Distribution and causation of leprosy in British India
Year: 1875
Disease focus: Leprosy
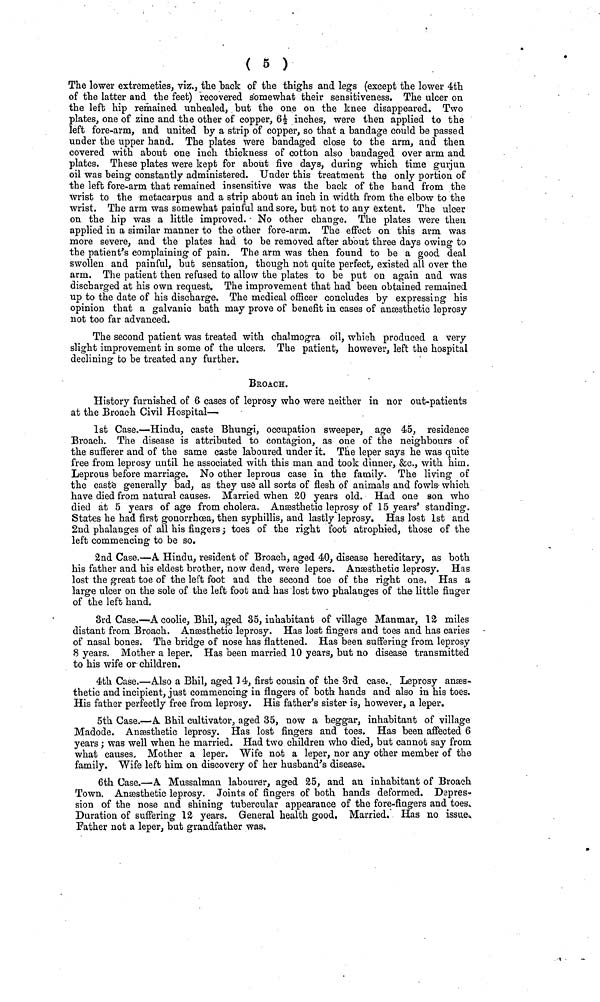
( 6 )
The lower extremeties, viz,, the back of the thighs and legs (except the lower 4th
of the latter and the feet) recovered somewhat their sensitiveness. The ulcer on
the left hip remained unhealed, but the one on the knee disappeared. Two
plates, one of zinc and the other of copper, 6½ inches, were then applied to the
left fore-arm, and united by a strip of copper, so that a bandage could be passed
under the upper hand. The plates were bandaged close to the arm, and then
covered with about one inch thickness of cotton also bandaged over arm and
plates. These plates were kept for about five days, during which time gurjun
oil was being constantly administered. Under this treatment the only portion of
the left fore-arm that remained insensitive was the back of the hand from the
wrist to the metacarpus and a strip about an inch in width from the elbow to the
wrist. The arm was somewhat painful and sore, but not to any extent. The ulcer
on the hip was a little improved. No other change. The plates were then
applied in a similar manner to the other fore-arm. The effect on this arm was
more severe, and the plates had to be removed after about three days owing to
the patient's complaining of pain. The arm was then found to be a good deal
swollen and painful, but sensation, though not quite perfect, existed all over the
arm. The patient then refused to allow the plates to be put on again and was
discharged at his own request. The improvement that had been obtained remained
up to the date of his discharge. The medical officer concludes by expressing his
opinion that a galvanic bath may prove of benefit in cases of anæsthetic leprosy
not too far advanced.
The second patient was treated with chalmogra oil, which produced a very
slight improvement in some of the ulcers. The patient, however, left the hospital
declining to be treated any further.
BROACH.
History furnished of 6 cases of leprosy who were neither in nor out-patients
at the Broach Civil Hospital—
1st Case.—Hindu, caste Bhungi, occupation sweeper, age 45, residence
Broach. The disease is attributed to contagion, as one of the neighbours of
the sufferer and of the same caste laboured under it. The leper says he was quite
free from leprosy until he associated with this man and took dinner, &c., with him.
Leprous before marriage. No other leprous case in the family. The living of
the caste generally bad, as they use all sorts of flesh of animals and fowls which
have died from natural causes. Married when 20 years old. Had one son who
died at 5 years of age from cholera, Anæsthetic leprosy of 15 years' standing.
States he had first gonorrhœa, then syphillis, and lastly leprosy. Has lost 1st and
2nd phalanges of all his fingers ; toes of the right foot atrophied, those of the
left commencing to be so.
2nd Case.—A Hindu, resident of Broach, aged 40, disease hereditary, as both
his father and his eldest brother, now dead, were lepers. Anæsthetic leprosy. Has
lost the great toe of the left foot and the second toe of the right one. Has a
large ulcer on the sole of the left foot and has lost two phalanges of the little finger
of the left hand.
3rd Case.—A coolie, Bhil, aged 35, inhabitant of village Manmar, 12 miles
distant from Broach. Anaesthetic leprosy. Has lost fingers and toes and has caries
of nasal bones. The bridge of nose has flattened. Has been suffering from leprosy
8 years. Mother a leper, Has been married 10 years, but no disease transmitted
to his wife or children.
4th Case.—Also a Bhil, aged 14, first cousin of the 3rd case. Leprosy anaes-
thetic and incipient, just commencing in fingers of both hands and also in his toes.
His father perfectly free from leprosy. His father's sister is, however, a leper.
5th Case.—A Bhil cultivator, aged 35, now a beggar, inhabitant of village
Madode. Ansesthetic leprosy. Has lost fingers and toes. Has been affected 6
years ,· was well when he married. Had two children who died, but cannot say from
what causes. Mother a leper. Wife not a leper, nor any other member of the
family. Wife left him on discovery of her husband's disease.
6th Case.—A Mussalman labourer, aged 25, and an inhabitant of Broach
Town. Anesthetic leprosy. Joints of fingers of both hands deformed. Depres-
sion of the nose and shining tubercular appearance of the fore-fingers and toes.
Duration of suffering 12 years. General health good. Married, Has no issue.
Father not a leper, but grandfather was.